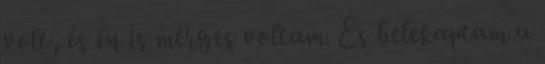
volt, és én is mérges voltam. És belekaptam a